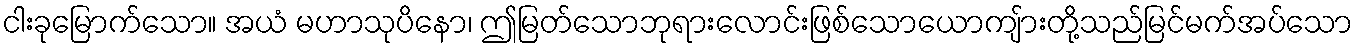
ငါးခုမြောက်သော။ အယံ မဟာသုပိနော၊ ဤမြတ်သောဘုရားလောင်းဖြစ်သောယောကျ်ားတို့သည်မြင်မက်အပ်သော